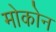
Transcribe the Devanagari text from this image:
मोकोन